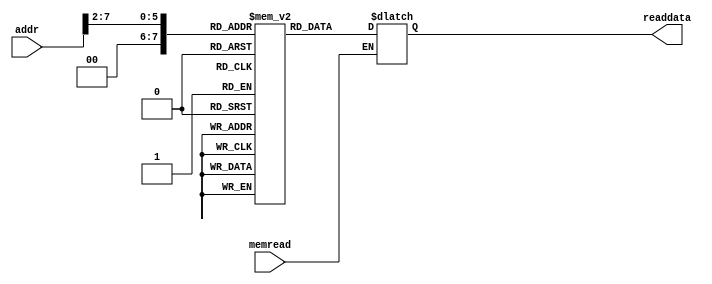
//memory unit
module IMemBank(input memread, input [7:0] addr, output reg [31:0] readdata);
  reg [7:0] address;
  reg [31:0] mem_array [255:0];	   	 
  
  always@(addr)
	  #2
	  begin
		  address = addr >> 2;
	  end
	  
  initial begin	
	  					 			  /*
	mem_array[0] = 32'h200a0034;
	mem_array[1] = 32'h200b0017;
	mem_array[2] = 32'h20010017;
	mem_array[3] = 32'h0141f822;
	mem_array[4] = 32'hac030000;
	mem_array[5] = 32'hac040002;
	mem_array[6] = 32'h0083f82a;
	mem_array[7] = 32'h00c31820;
	mem_array[8] = 32'h00a43022;
	mem_array[9] = 32'h8c1d0000;
	mem_array[10] = 32'hac1c0002; */
	
	
mem_array[0] = 32'h200f0008;
mem_array[1] = 32'hac0f0000;
mem_array[2] = 32'h21ef0017;
mem_array[3] = 32'hac0f0001;
mem_array[4] = 32'h200f002b;
mem_array[5] = 32'hac0f0002;
mem_array[6] = 32'h200f0011;
mem_array[7] = 32'hac0f0003;
mem_array[8] = 32'h20010005;
mem_array[9] = 32'h01e17822;
mem_array[10] = 32'hac0f0004;
mem_array[11] = 32'h200f020a;
mem_array[12] = 32'hac0f0005;
mem_array[13] = 32'h200f0034;
mem_array[14] = 32'hac0f0006;
mem_array[15] = 32'h20010017;
mem_array[16] = 32'h01e17822;
mem_array[17] = 32'hac0f0007;
mem_array[18] = 32'h20010005;
mem_array[19] = 32'h01e17822;
mem_array[20] = 32'hac0f0008;
mem_array[21] = 32'h340f000b;
mem_array[22] = 32'hac0f0009;
mem_array[23] = 32'h8c010000;
mem_array[24] = 32'h8c020000;
mem_array[25] = 32'h0000f020;
mem_array[26] = 32'h201d000a;
mem_array[27] = 32'h03bee022;
mem_array[28] = 32'h13800009;
mem_array[29] = 32'h8fd40000;
mem_array[30] = 32'h0034d82a;
mem_array[31] = 32'h13600001;
mem_array[32] = 32'h02800820;
mem_array[33] = 32'h0282d82a;
mem_array[34] = 32'h13600001;
mem_array[35] = 32'h02801020;
mem_array[36] = 32'h23de0001;
mem_array[37] = 32'h0800001b;
mem_array[38] = 32'h200f0309;
	
  end
 
  always@(memread, address, mem_array[address])
  begin
    if(memread)begin
      readdata = mem_array[address];
    end
  end

endmodule